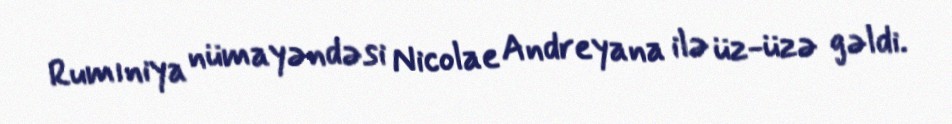
Rumıniya nümayəndəsi Nicolae Andreyana ilə üz-üzə gəldi.